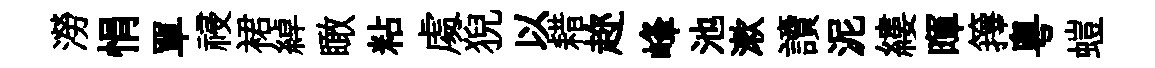
澇悁單祲裙綽瞰粘䖏猊以耤趂峰池漱讀泥縷暉籜粵螘